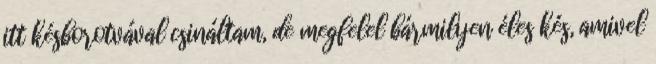
itt késborotvával csináltam, de megfelel bármilyen éles kés, amivel